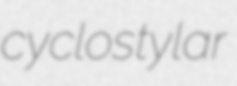
cyclostylar